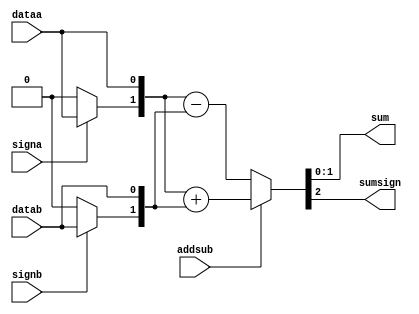
module addsub_block (
	dataa,
	datab,
	signa,
	signb,
	addsub,
	sum,
	sumsign
);

	parameter width_a = 1;
	parameter width_b = 1;
	parameter adder_mode = "use_port"; // "use_port", "add", "sub"
	parameter dataa_signed = "use_port"; // "use_port", "true", "false"
	parameter datab_signed = "use_port"; // "use_port", "true", "false"

	localparam width_sum = ( width_a >= width_b ) ? ( width_a + 1 ) :
		( width_b + 1 );

	input [ width_a - 1 : 0 ] dataa;
	input [ width_b - 1 : 0 ] datab;

	input signa;
	input signb;
	input addsub;

	output [ width_sum - 1 : 0 ] sum;
	output sumsign;

	wire [ width_sum - 1 : 0 ] sum;
	wire signed sumsign;

	wire signed [ width_a : 0 ] signed_a;
	wire signed [ width_b : 0 ] signed_b;
	wire signed [ width_sum : 0 ] signed_sum;

	generate 
		if( dataa_signed == "use_port" ) begin
			assign signed_a = {((signa==1'b1) ? dataa[width_a-1]: 1'b0) ,dataa };
		end
		else if( dataa_signed == "true" ) begin
			assign signed_a = { dataa[width_a-1], dataa };
		end
		else if( dataa_signed == "false" ) begin
			assign signed_a = { 1'b0, dataa };
		end

		if( datab_signed == "use_port" ) begin
			assign signed_b = {((signb==1'b1) ? datab[width_b-1]: 1'b0) ,datab };
		end
		else if( datab_signed == "true" ) begin
			assign signed_b = { datab[width_b-1], datab };
		end
		else if( datab_signed == "false" ) begin
			assign signed_b = { 1'b0, datab };
		end

		if( adder_mode == "use_port" ) begin
			assign signed_sum = addsub ? signed_a + signed_b :
				signed_a - signed_b;
		end
		else if( adder_mode == "add" ) begin
			assign signed_sum = signed_a + signed_b; 
		end
		else if ( adder_mode == "sub" ) begin
			assign signed_sum = signed_a - signed_b;
		end
	endgenerate

	assign sum = signed_sum[ width_sum - 1 : 0 ];
	assign sumsign = signed_sum[ width_sum ];

endmodule